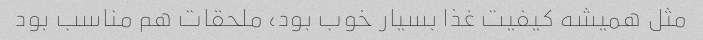
مثل همیشه کیفیت غذا بسیار خوب بود، ملحقات هم مناسب بود